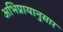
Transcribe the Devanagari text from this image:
अभिप्रायानुसार